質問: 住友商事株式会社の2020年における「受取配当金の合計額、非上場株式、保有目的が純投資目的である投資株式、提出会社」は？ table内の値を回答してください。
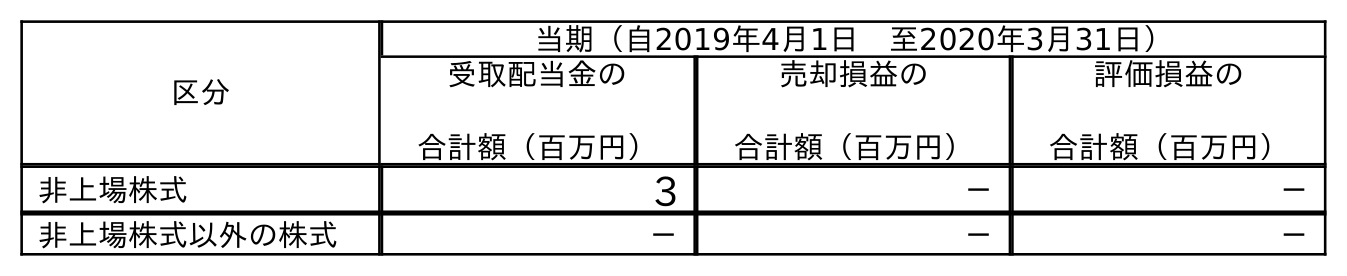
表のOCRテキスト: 区分 当期（自2019年4月1日 至2020年3月31日） 受取配当金の 合計額（百万円） 売却損益の 合計額（百万円） 評価損益の 合計額（百万円） 非上場株式 3 － － 非上場株式以外の株式 － － －
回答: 3